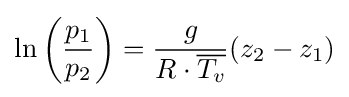
\ln \left({\frac {p_{1}}{p_{2}}}\right)={\frac {g}{R\cdot {\overline {T_{v}}}}}(z_{2}-z_{1})